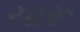
ચારૂ